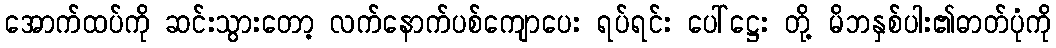
အောက်ထပ်ကို ဆင်းသွားတော့ လက်နောက်ပစ်ကျောပေး ရပ်ရင်း ပေါ်ဋ္ဌေး တို့ မိဘနှစ်ပါး၏ဓာတ်ပုံကို